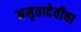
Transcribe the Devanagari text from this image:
अमृतादेवीचा